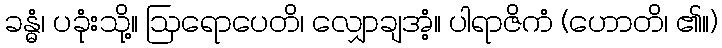
ခန္ဓံ၊ ပခုံးသို့။ ဩရောပေတိ၊ လျှောချအံ့။ ပါရာဇိကံ (ဟောတိ၊ ၏။)